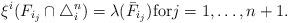
LaTeX: \begin{align*}\xi^i(F_{i_j} \cap \bigtriangleup_i^n) = \lambda(\bar{F}_{i_j}) \mbox{for} j=1, \ldots, n+1.\end{align*}